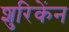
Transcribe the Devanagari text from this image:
शुरिकेंन